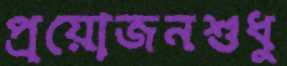
প্রয়োজনশুধু